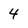
Character: 4